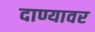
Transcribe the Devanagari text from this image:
दाण्यावर